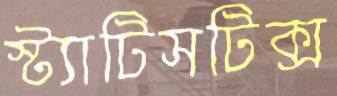
স্ট্যাটিসটিক্স